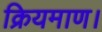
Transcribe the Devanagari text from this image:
क्रियमाण।